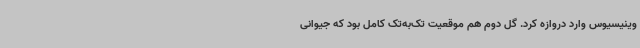
وینیسیوس وارد دروازه کرد. گل دوم هم موقعیت تک‌به‌تک کامل بود که جیوانی